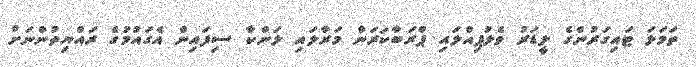
ތަމަޅަ ޓައިގަރުންގެ ލީޑަރު ވެލުޕިއްލައި ޕްރަބާކަރަން މަރާލައި ލަންކާ ސިފައިން އެގައުމުގެ ރައްޔިތުންނަށް